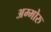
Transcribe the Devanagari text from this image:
अम्मोरु